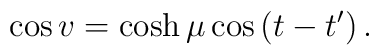
\cos v=\cosh \mu \cos \left( t-t^{\prime }\right) .